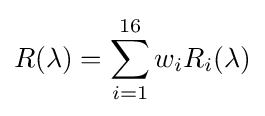
R(\lambda )=\sum _{i=1}^{16}w_{i}R_{i}(\lambda )